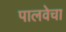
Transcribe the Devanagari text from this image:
पालवेचा